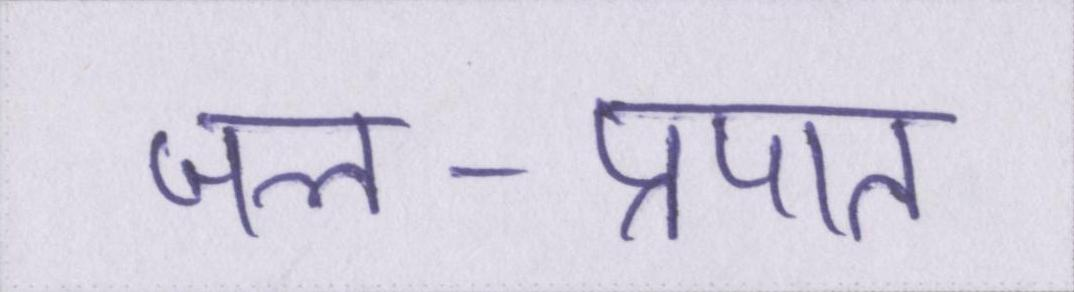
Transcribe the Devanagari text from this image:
जल-प्रपात